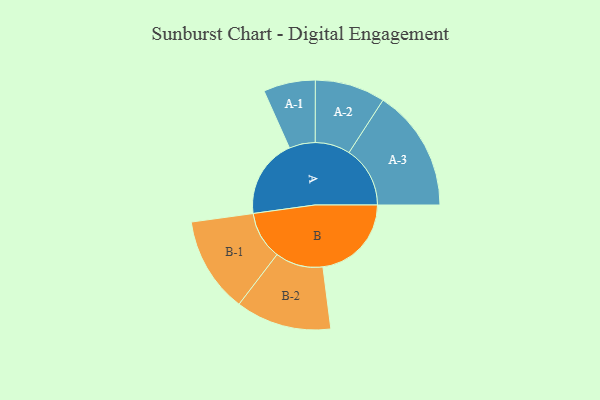
{"axis": {"x": "Segment", "y": "Value"}, "legend": ["", "A", "B"], "data": [{"x": "A", "y": 371, "type": ""}, {"x": "B", "y": 416, "type": ""}, {"x": "A-1", "y": 122, "type": "A"}, {"x": "A-2", "y": 165, "type": "A"}, {"x": "A-3", "y": 287, "type": "A"}, {"x": "B-1", "y": 225, "type": "B"}, {"x": "B-2", "y": 225, "type": "B"}]}